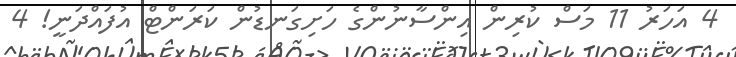
4 އަހަރު 11 މަސް ކުރިން އިންސާނުންގެ ހަށިގަނޑުން ކަރަންޓް އުފައްދަނީ! 4